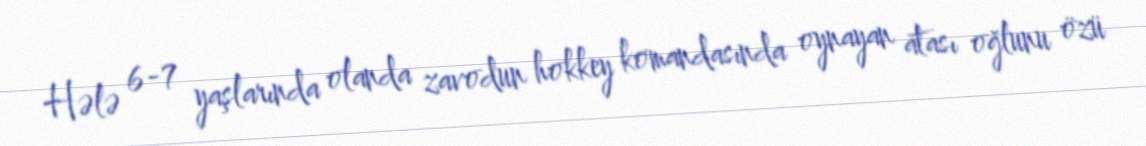
Hələ 6-7 yaşlarında olanda zavodun hokkey komandasında oynayan atası oğlunu özü